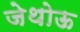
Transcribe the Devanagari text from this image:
जेथोऊ